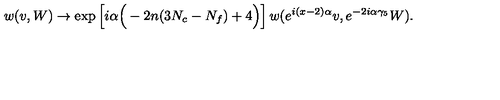
w ( v , W ) \to \mathrm { e x p } \left[ i \alpha \Big ( - 2 n ( 3 N _ { c } - N _ { f } ) + 4 \Big ) \right] w ( e ^ { i ( x - 2 ) \alpha } v , e ^ { - 2 i \alpha \gamma _ { 5 } } W ) .